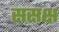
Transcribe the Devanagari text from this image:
ससक्ष